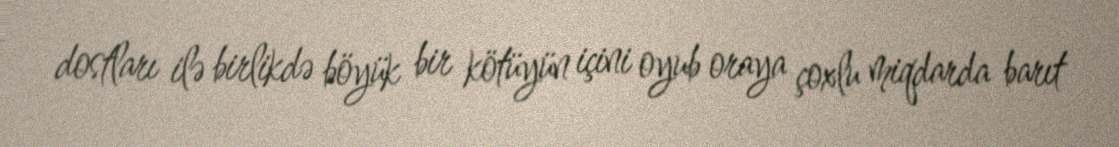
dostları ilə birlikdə böyük bir kötüyün içini oyub oraya çoxlu miqdarda barıt